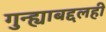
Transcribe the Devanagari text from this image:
गुन्ह्याबद्दलही